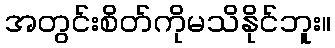
အတွင်းစိတ်ကိုမသိနိုင်ဘူး။